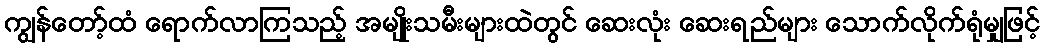
ကျွန်တော့်ထံ ရောက်လာကြသည့် အမျိုးသမီးများထဲတွင် ဆေးလုံး ဆေးရည်များ သောက်လိုက်ရုံမျှဖြင့်